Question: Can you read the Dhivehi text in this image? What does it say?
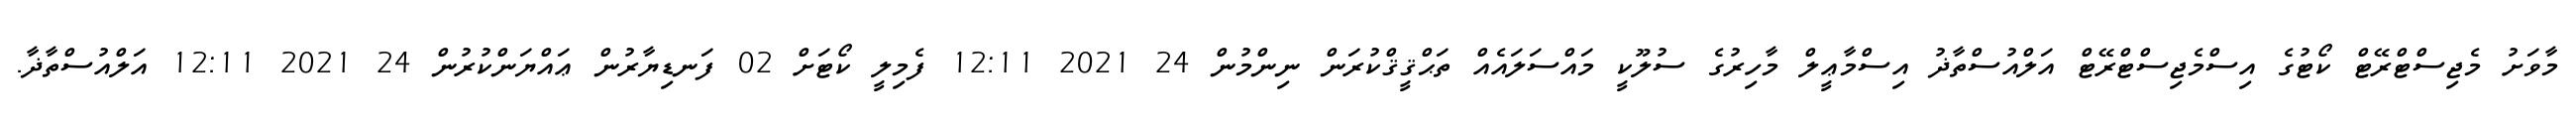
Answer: މާވަށު މެޖިސްޓްރޭޓް ކޯޓުގެ އިސްމެޖިސްޓްރޭޓް އަލްއުސްތާޛު އިސްމާޢީލް މާހިރުގެ ސުލޫކީ މައްސަލައެއް ތަޙްޤީޤްކުރަން ނިންމުން 24 2021 12:11 ފެމިލީ ކޯޓަށް 02 ފަނޑިޔާރުން ޢައްޔަންކުރުން 24 2021 12:11 އަލްއުސްތާޛާ.